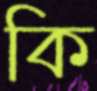
কি